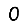
Digit: 0